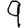
Digit: 9